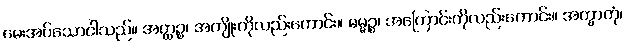
မေးအပ်သောငါသည်။ အတ္ထဉ္စ၊ အကျိုးကိုလည်းကောင်း။ ဓမ္မဉ္စ၊ အကြောင်းကိုလည်းကောင်း။ အက္ခာတုံ၊